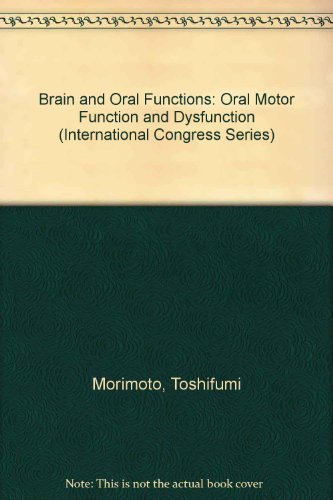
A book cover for Brain and Oral Functions: Oral Motor Function and Dysfunction (International Congress Series); Toshifumi Morimoto; Medical Books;